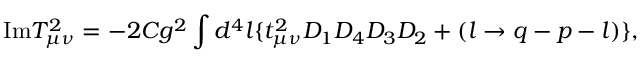
\mathrm { I m } T _ { \mu \nu } ^ { 2 } = - 2 C g ^ { 2 } \int d ^ { 4 } l \{ t _ { \mu \nu } ^ { 2 } D _ { 1 } D _ { 4 } D _ { 3 } D _ { 2 } + ( l \rightarrow q - p - l ) \} ,